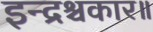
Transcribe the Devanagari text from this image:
इन्द्रश्चकार॥